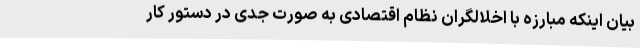
بیان اینکه مبارزه با اخلالگران نظام اقتصادی به صورت جدی در دستور کار